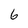
Character: 6